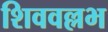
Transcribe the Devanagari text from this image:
शिववल्लभ